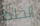
الخلط